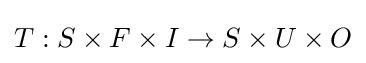
T:S\times F\times I\rightarrow S\times U\times O